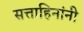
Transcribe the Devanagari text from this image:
सत्ताहिनांनी